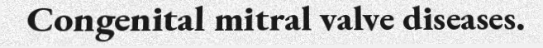
Congenital mitral valve diseases.